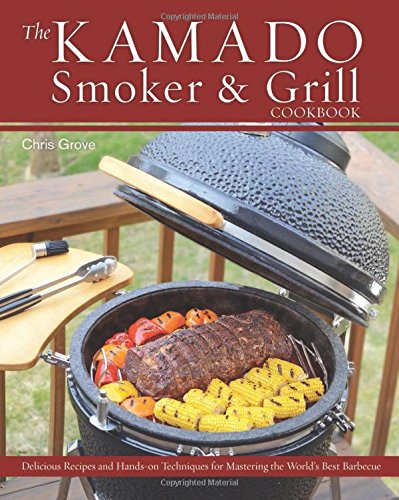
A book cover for The Kamado Smoker and Grill Cookbook: Recipes and Techniques for the World's Best Barbecue; Cookbooks, Food & Wine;